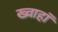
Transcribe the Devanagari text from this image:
ख्वाहाॅ